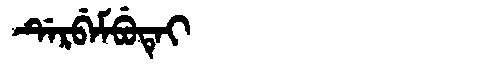
Manchu: ᡩᡝᡵᠪᡝᠮᠪᡠᡨᡝᡳ
Romanization: DERBEMBUTEI